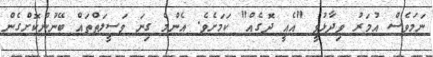
ނަމަވެސް އުމަރު ވިދާޅުވީ "އެއީ ދޮގެއް" ކަމަށެވެ. އެންމެ ގިނަ ވަސީލަތްތައް ބޭނުންކޮށްގެން